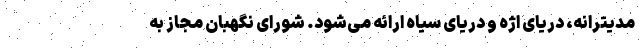
مدیترانه، دریای اژه و دریای سیاه ارائه می‌شود. شورای نگهبان مجاز به